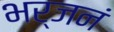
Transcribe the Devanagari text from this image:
भर्जनं